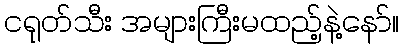
ငရုတ်သီး အများကြီးမထည့်နဲ့နော်။